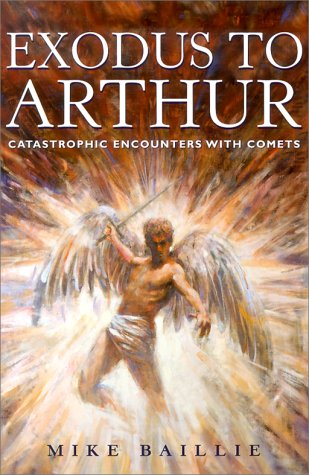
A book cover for Exodus to Arthur: Catastrophic Encounters With Comets; Mike Baillie; Science & Math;